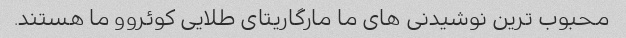
محبوب ترین نوشیدنی های ما مارگاریتای طلایی کوئروو ما هستند.